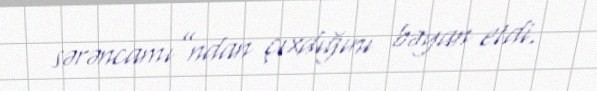
sərəncamı”ndan çıxdığını bəyan etdi.